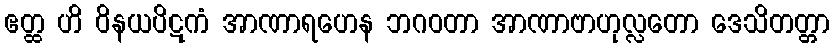
ဧတ္ထ ဟိ ဝိနယပိဋကံ အာဏာရဟေန ဘဂဝတာ အာဏာဗာဟုလ္လတော ဒေသိတတ္တာ